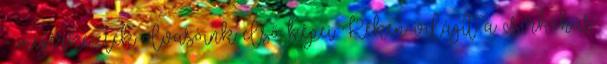
- megérkeztek olvasóink első képei Kéken világít a csirkehús